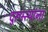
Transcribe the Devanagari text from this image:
दुरूस्त्यांना